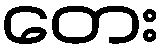
တေး